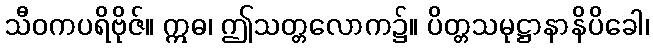
သီဝကပရိဗိုဇ်။ ဣဓ၊ ဤသတ္တလောက၌။ ပိတ္တသမုဋ္ဌာနာနိပိခေါ၊